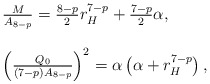
\begin{align*}\begin{array}{l}\frac{M}{A_{8-p}}=\frac{8-p}{2}r_{H}^{7-p}+\frac{7-p}{2}\alpha,\\\\\left(\frac{Q_{0}}{(7-p)A_{8-p}}\right)^{2}=\alpha \left(\alpha+r_{H}^{7-p}\right),\end{array}\end{align*}